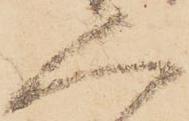
人